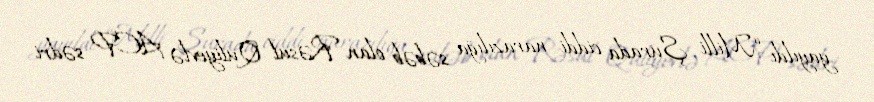
yayıldı “Milli Şurada ciddi narazılığa səbəb olan Rəsul Quliyevlə ACP sədri